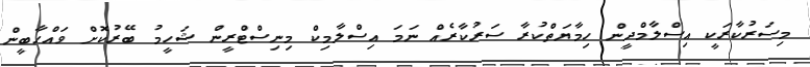
މިސަރުކާރަކީ އިސްލާމްދީން ހިމާޔަތްކުރާ ސަރުކާރެއް ނަމަ އިސްލާމިކް މިނިސްޓްރީން ޝަހީމު ބޭރުކޮށް ވައްހާބީން